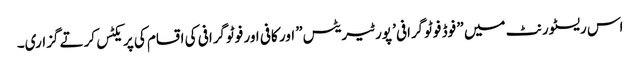
اس ریسٹورنٹ میں ” فوڈ فوٹوگرافی’ پورٹیریٹس” اور کافی اور فوٹوگرافی کی اقسام کی پریکٹس کرتے گزاری۔